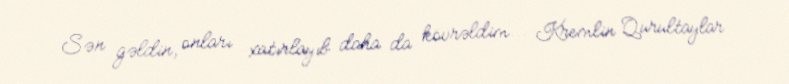
Sən gəldin, onları xatırlayıb daha da kövrəldim... Kremlin Qurultaylar